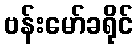
ဗန်းမော်ခရိုင်